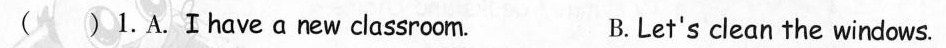
( )1.A.Ⅰhave anew classroom. B. Let's clean the windows.